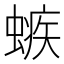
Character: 螏